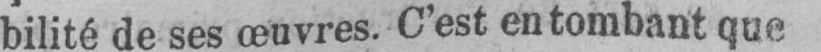
bilité de ses œuvres. C’est en tombant que